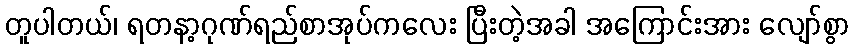
တူပါတယ်၊ ရတနာ့ဂုဏ်ရည်စာအုပ်ကလေး ပြီးတဲ့အခါ အကြောင်းအား လျော်စွာ